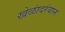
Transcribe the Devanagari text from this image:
खेळांदरंयान